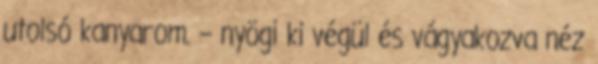
utolsó kanyarom. – nyögi ki végül és vágyakozva néz